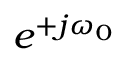
e ^ { + j \omega _ { 0 } }